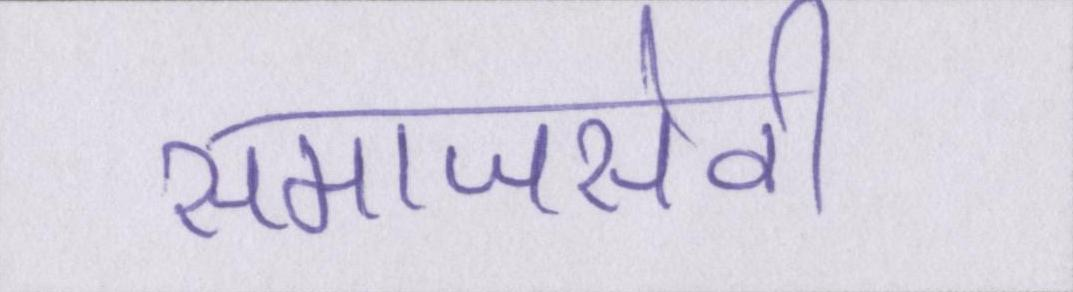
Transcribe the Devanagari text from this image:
समाजसेवी